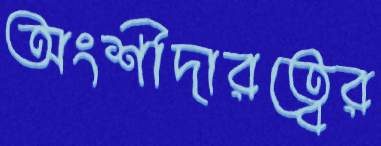
অংশীদারত্বের